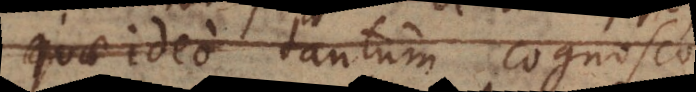
quae ideo tantum cognosco